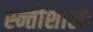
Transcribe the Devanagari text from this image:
स्न्तोशाला